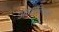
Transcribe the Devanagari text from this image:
आवर्तकालों